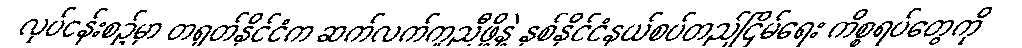
လုပ်ငန်းစဉ်မှာ တရုတ်နိုင်ငံက ဆက်လက်ကူညီဖို့နဲ့ နှစ်နိုင်ငံနယ်စပ်တည်ငြိမ်ရေး ကိစ္စရပ်တွေကို